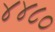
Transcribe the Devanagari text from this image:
४४८०